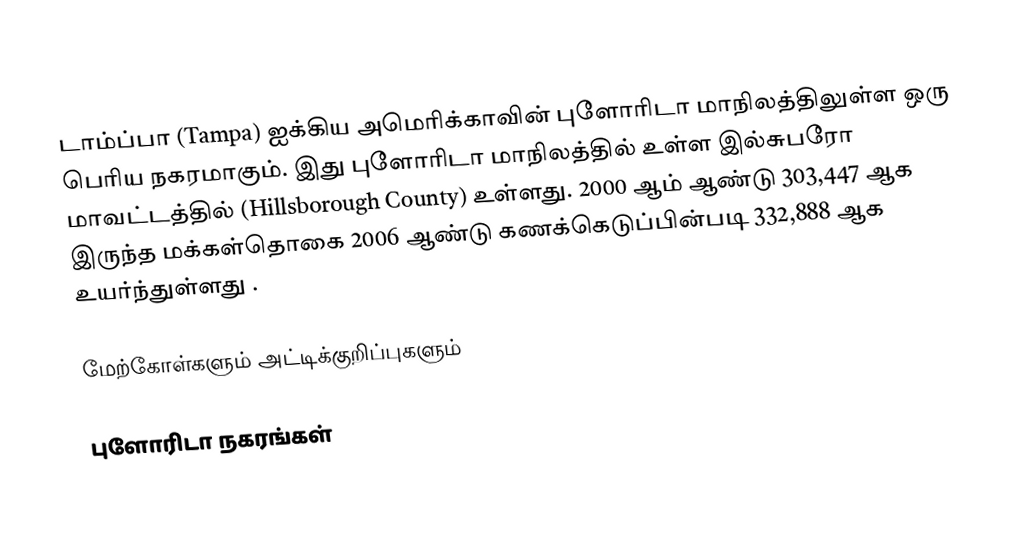
டாம்ப்பா (Tampa) ஐக்கிய அமெரிக்காவின் புளோரிடா மாநிலத்திலுள்ள ஒரு பெரிய நகரமாகும். இது புளோரிடா மாநிலத்தில் உள்ள இல்சுபரோ  மாவட்டத்தில் (Hillsborough County) உள்ளது. 2000 ஆம் ஆண்டு  303,447 ஆக இருந்த மக்கள்தொகை 2006 ஆண்டு கணக்கெடுப்பின்படி 332,888 ஆக உயர்ந்துள்ளது .

மேற்கோள்களும் அட்டிக்குறிப்புகளும்

புளோரிடா நகரங்கள்